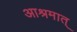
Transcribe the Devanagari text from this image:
आश्रमात्‌